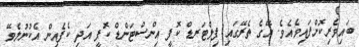
ބައިވެރިކޮށްފައިވެއެވެ. އޭގެ ތެރޭގައި ފިލްޓަރޑް ކޮފީ އިންސްޓަންޑް ކޮފީ އަދި ކެފެއިން އެކުނުލެވޭ